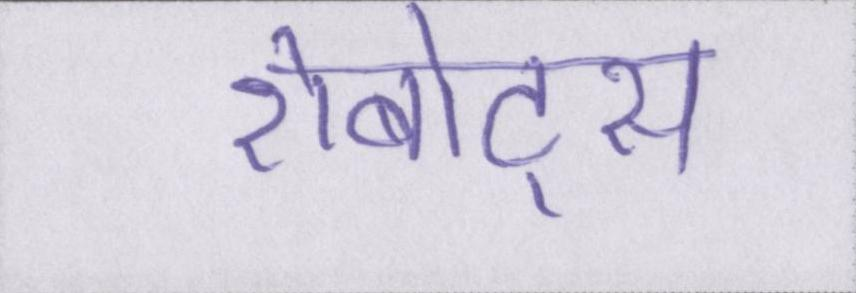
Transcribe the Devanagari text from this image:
रोबोट्स